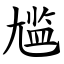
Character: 尴